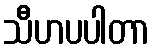
သီဟပပါတာ